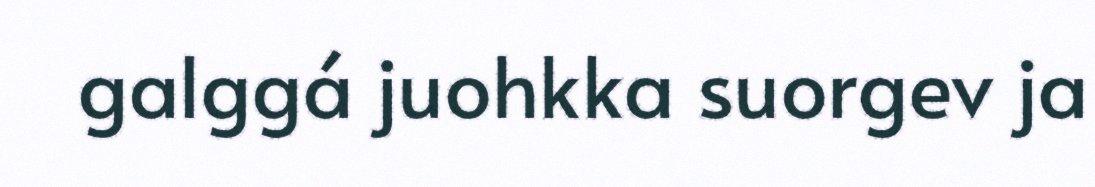
galggá juohkka suorgev ja